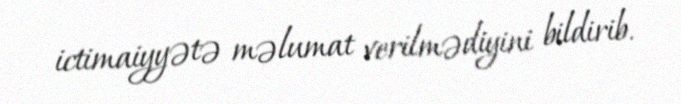
ictimaiyyətə məlumat verilmədiyini bildirib.